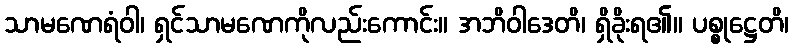
သာမဏေရံဝါ၊ ရှင်သာမဏေကိုလည်းကောင်း။ အဘိဝါဒေတိ၊ ရှိခိုးရ၏။ ပစ္စုဋ္ဌေတိ၊